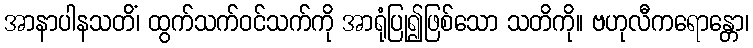
အာနာပါနသတိံ၊ ထွက်သက်ဝင်သက်ကို အာရုံပြု၍ဖြစ်သော သတိကို။ ဗဟုလီကရောန္တော၊